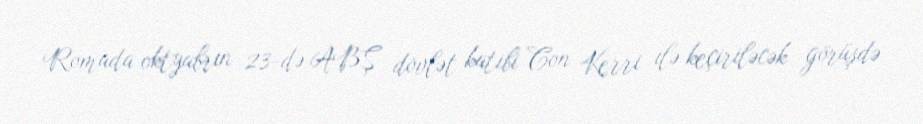
Romada oktyabrın 23-də ABŞ dövlət katibi Con Kerri ilə keçiriləcək görüşdə